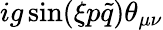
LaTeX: ig\sin(\xi p\tilde{q})\theta_{\mu\nu}